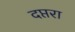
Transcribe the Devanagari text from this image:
दप्तरा